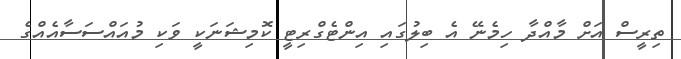
ތިރީސް އަށް މާއްދާ ހިމެނޭ އެ ބިލުގައި އިންޓެގްރިޓީ ކޮމިޝަނަކީ ވަކި މުއައްސަސާއެއްގެ